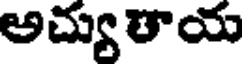
అచ్యుతాయ